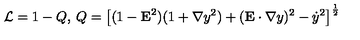
{ \cal L } = 1 - Q , \: Q = \left[ ( 1 - { \bf E } ^ { 2 } ) ( 1 + { \bf \nabla } y ^ { 2 } ) + ( { \bf E } \cdot { \bf \nabla } y ) ^ { 2 } - { \dot { y } } ^ { 2 } \right] ^ { \frac { 1 } { 2 } }